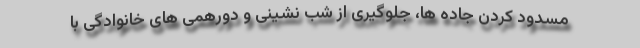
مسدود کردن جاده ها، جلوگیری از شب نشینی و دورهمی های خانوادگی با